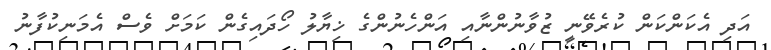
އަދި އެކަންކަން ކުރެވޭނީ ޒުވާނުންނާއި އަންހެނުންގެ ޚިޔާލު ހޯދައިގެން ކަމަށް ވެސް އެމަނިކުފާނު